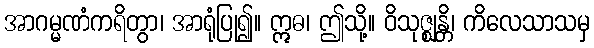
အာဂမ္မဏံကရိတွာ၊ အာရုံပြု၍။ ဣဓ၊ ဤသို့။ ဝိသုဇ္ဈန္တိ၊ ကိလေသာသမှ